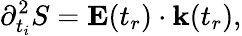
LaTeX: \partial_{t_{i}}^{2}S=\mathbf{E}(t_{r})\cdot\mathbf{k}(t_{r}),